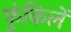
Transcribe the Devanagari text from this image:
फुंकिलें